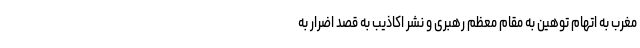
مغرب به اتهام توهین به مقام معظم رهبری و نشر اکاذیب به قصد اضرار به